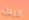
الرجل